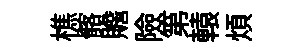
樵髂贍險第轅煩